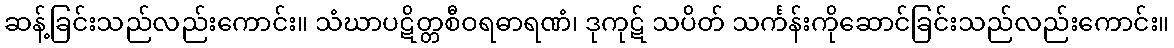
ဆန့်ခြင်းသည်လည်းကောင်း။ သံဃာပဋိတ္တစီဝရဓာရဏံ၊ ဒုကုဋ် သပိတ် သင်္ကန်းကိုဆောင်ခြင်းသည်လည်းကောင်း။